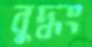
বুদ্ধং